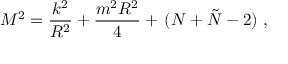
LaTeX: M ^ { 2 } = \frac { k ^ { 2 } } { R ^ { 2 } } + \frac { m ^ { 2 } R ^ { 2 } } { 4 } + \, ( N + \tilde { N } - 2 ) \ ,